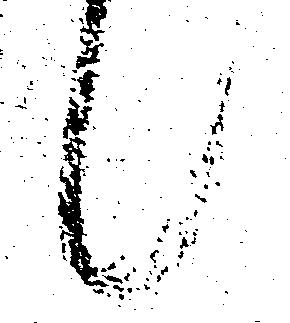
候